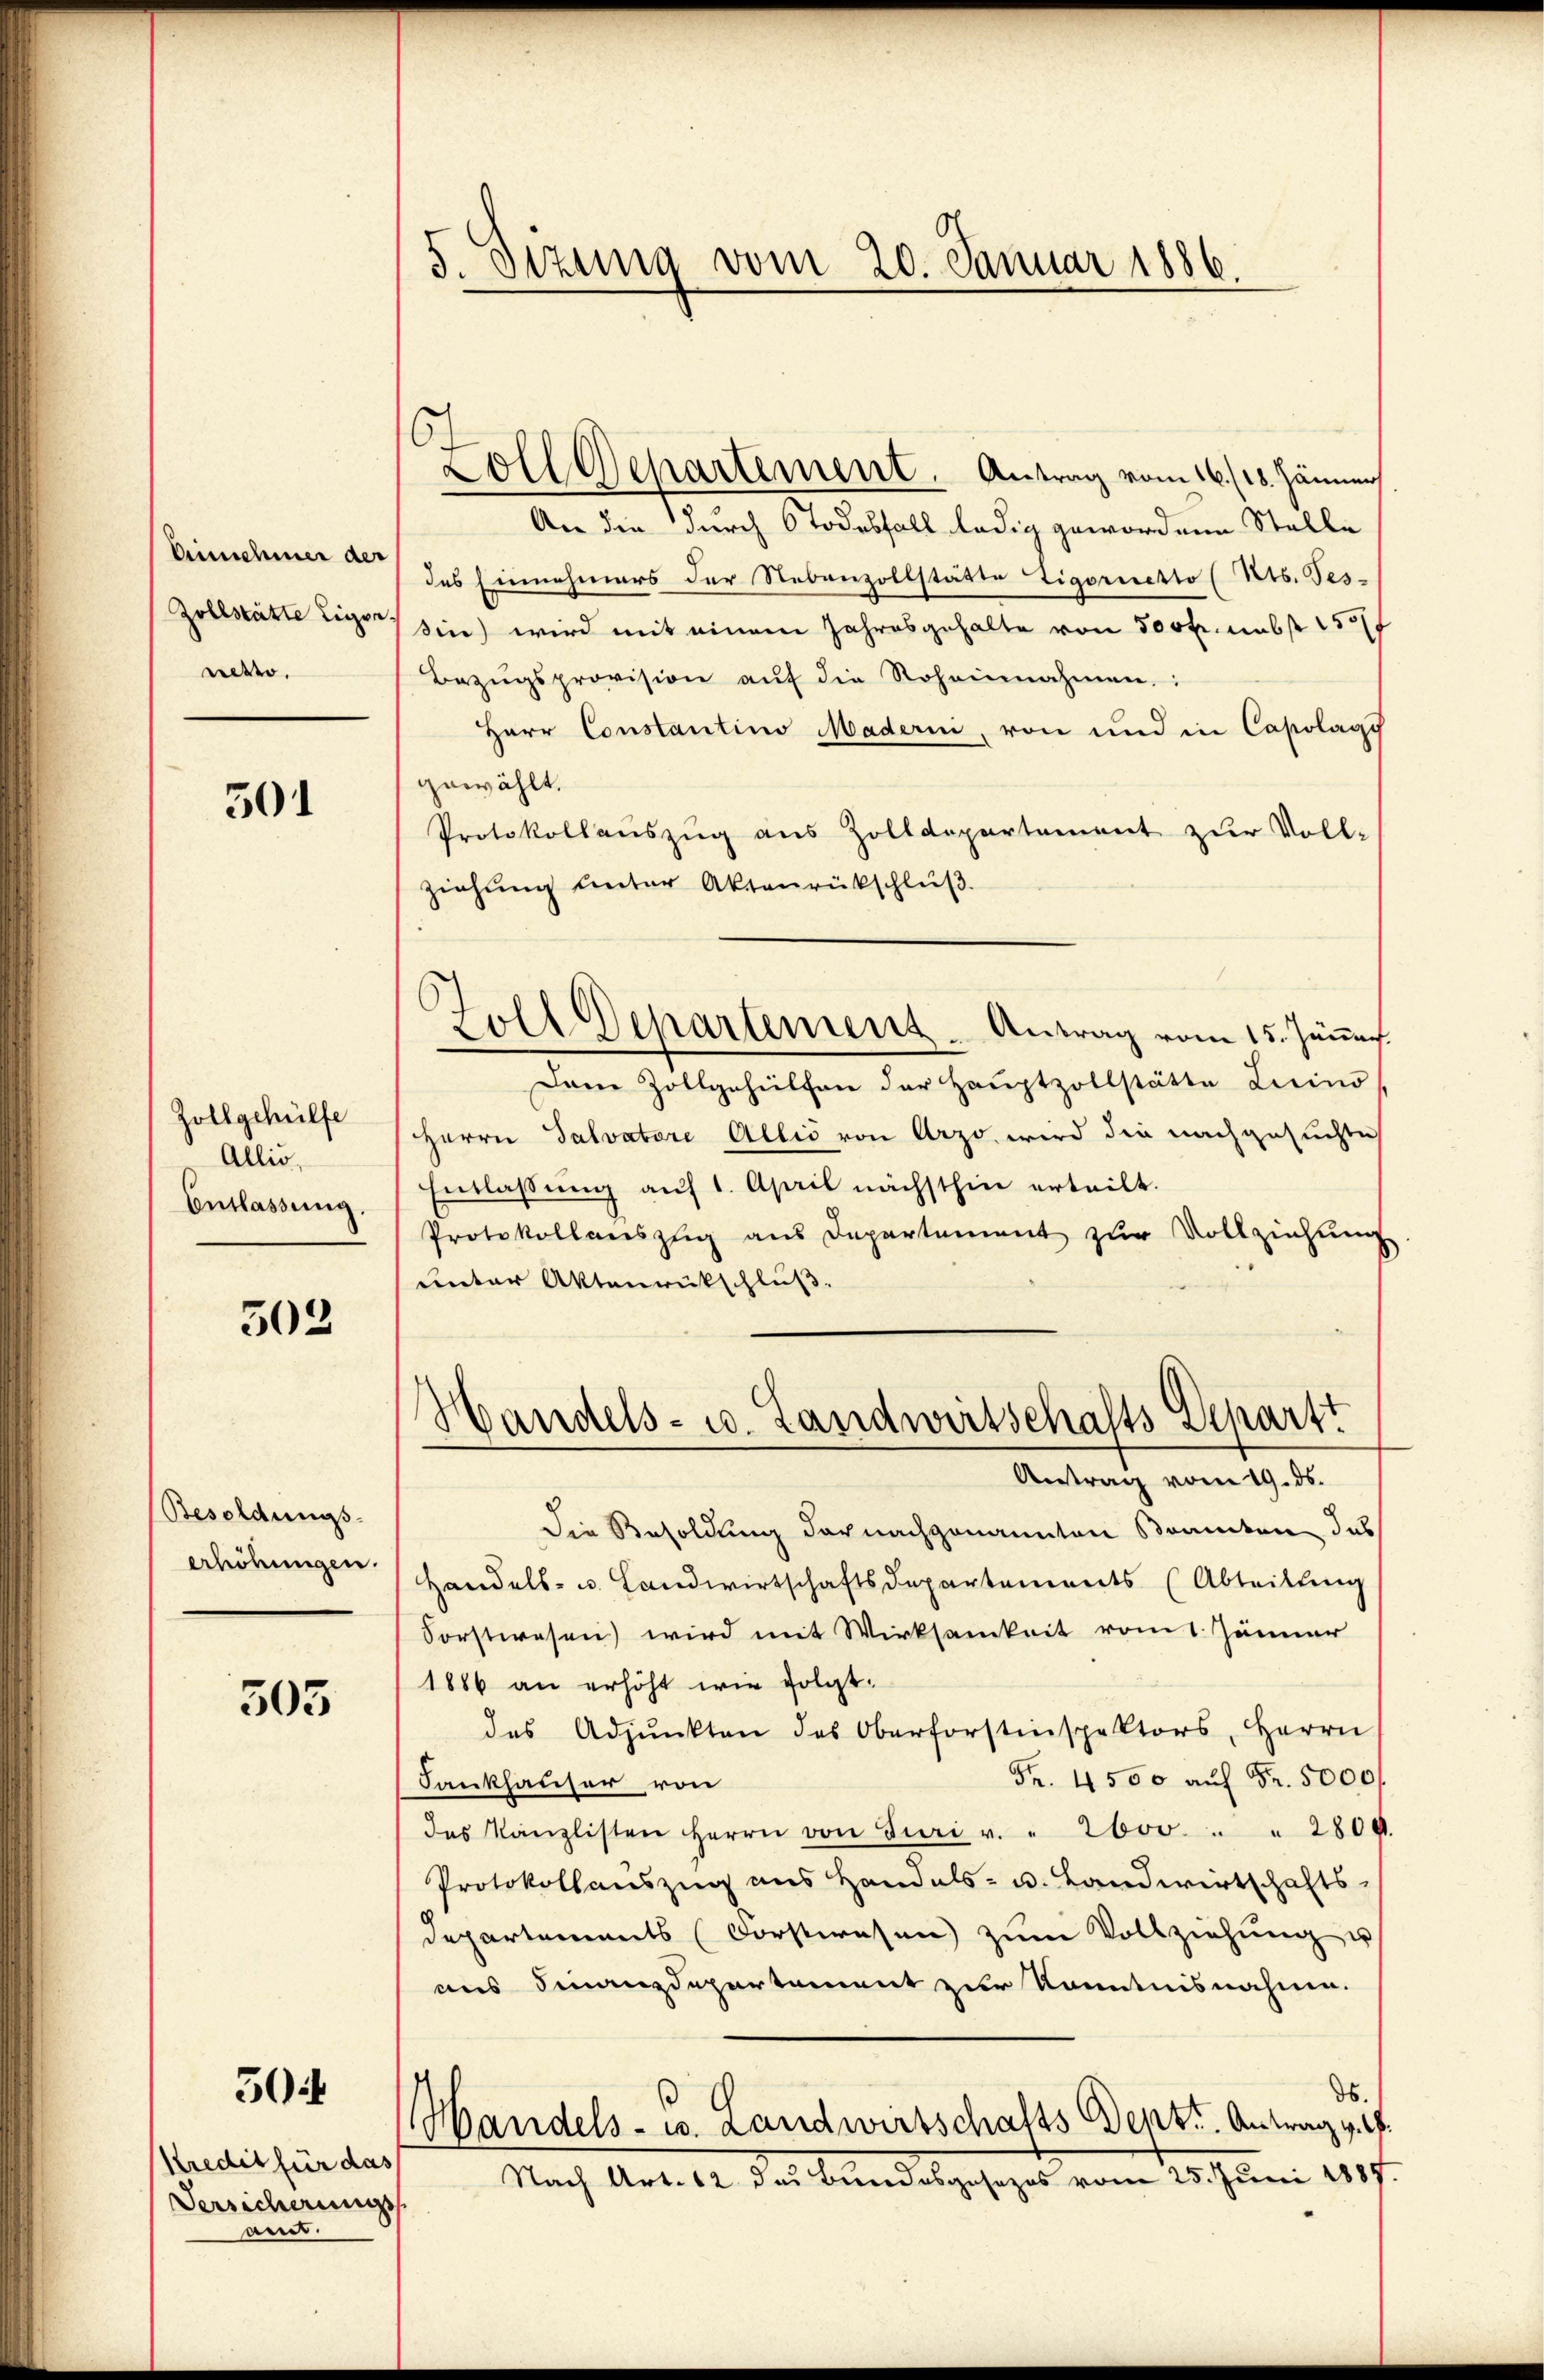
Erinnehmer des
Zollstätte Eigen.
netto.

301

Zollgehülfe
Allis,
Entlassung

302

Besoldungs-
erhöhungen.

503

50

Kredit für das
Versicherungs
and

5. Dezung vom 20. Januar 1886.

6

Zoll Departement. Antrag vom 16./18. Jänner
An die durch Todesfall ledig gewordene Stelle
des Einnehmers der Nebenzollstätte tigernetto (Rts. Tes-
sin) wird mit einem Jahresgehalte von 500fr. umb 155
Bezŭgsprovision aŭf die Roheinnahmen.
Herr Constantino Maderni, von und in Capolagi
gewählt.
Protokollauszug aus Zolldepartement zur Voll-
ziehung unter Aktenrückschluß
Dam Zollgehülfen der Hauptzollstätte Licino,
Herrn Salvatore Allis von Arzo wird die nachgesuchte
Entlassung auf 1. April nächsthin erteilt.
Protokollauszug aus Departement zur Vollziehung
unter Aktenrückschluß.
Handels- u. Landwirtschafts Departt
Antrag vom 19. ds.
Die Besoldung darnachgenannten Bramten das
Handels- u. Landwirtschaftsdepartements (Abteilung
Forstwesen) wird mit Wirksamkeit vom 1. Jänner
1886 an erhöht wir folgt.
des Adjunkten des Oberforstinspektors, Herrn
Fr. 4500 auf Fr. 5000f
Fankhauser von
des Kanzlisten Herrn von Juri v. 2600 " " 2809.
Protokollauszug ans Handels- u. Landwirtschafts-
Departements (Forstwesen zŭm Vollziehung u
aus Finanzdepartament zur Kenntnisnahme.
ds.
Handels- u. Landwirtschafts Depr.. Antrag v.
Nach Art. 12 des Bundesgesezes vom 25. Juni 1889.

Foll Departement. Antrag vom 15. Jännes.